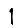
Digit: 1